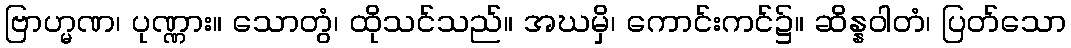
ဗြာဟ္မဏ၊ ပုဏ္ဏား။ သောတွံ၊ ထိုသင်သည်။ အဃမှိ၊ ကောင်းကင်၌။ ဆိန္နဝါတံ၊ ပြတ်သော